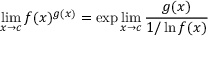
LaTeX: \operatorname* { l i m } _ { x \to c } f ( x ) ^ { g ( x ) } = \exp \operatorname* { l i m } _ { x \to c } { \frac { g ( x ) } { 1 / \ln f ( x ) } }